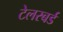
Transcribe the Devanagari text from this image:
टेलरबर्ड